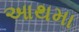
આથમા